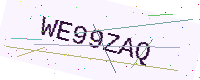
Text: WE99ZAQ